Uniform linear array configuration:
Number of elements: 8
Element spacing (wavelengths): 0.25
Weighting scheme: cosine
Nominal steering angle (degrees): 60
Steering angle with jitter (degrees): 60.218
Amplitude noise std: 0.05
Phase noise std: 0.05

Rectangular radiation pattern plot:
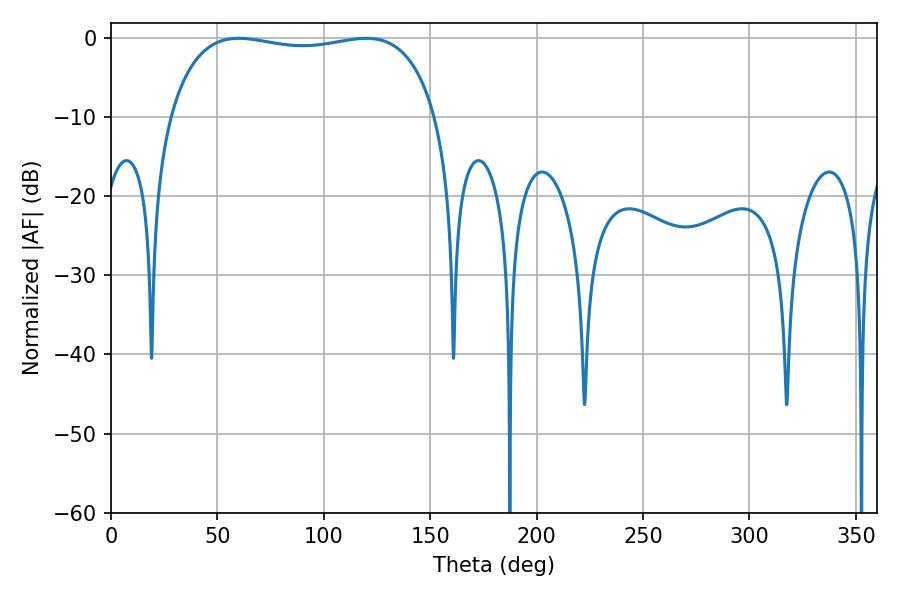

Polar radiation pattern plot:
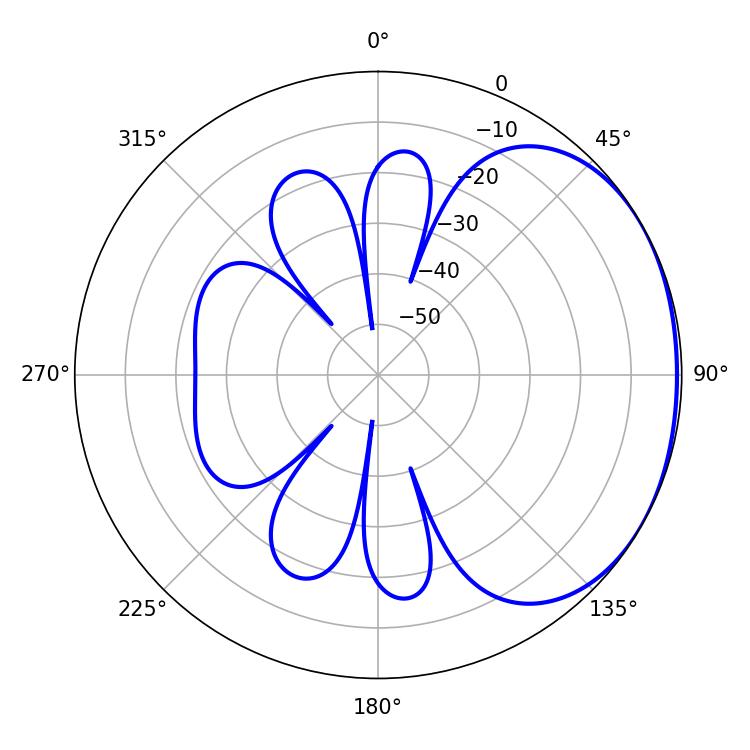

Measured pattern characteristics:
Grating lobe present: FALSE
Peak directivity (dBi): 1.506
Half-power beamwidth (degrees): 101.52
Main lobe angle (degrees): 59.94